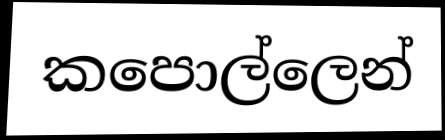
කපොල්ලෙන්